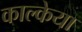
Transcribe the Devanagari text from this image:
काल्केया